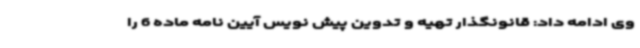
وی ادامه داد: قانونگذار تهیه و تدوین پیش نویس آیین نامه ماده 6 را